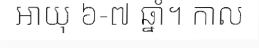
អាយុ ៦-៧ ឆ្នាំ។ កាល